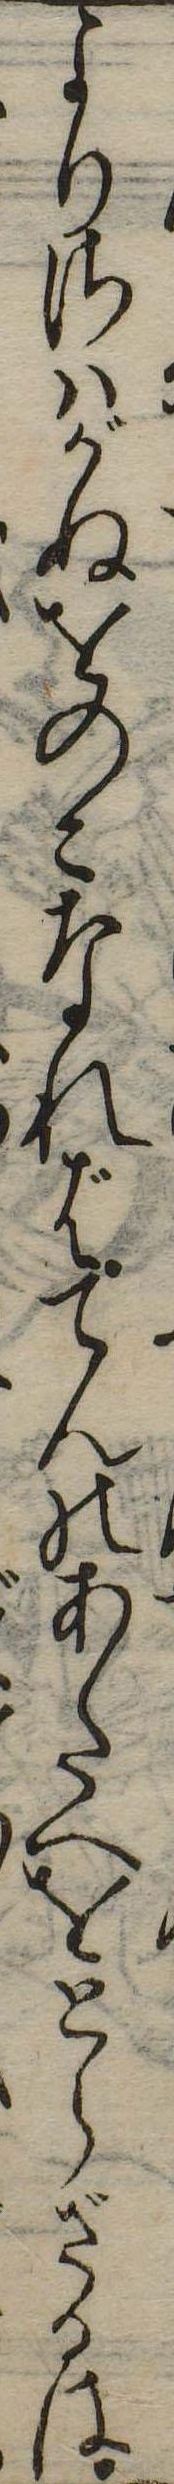
よりさはがぬをのこなればてんのあたへをとらざるは